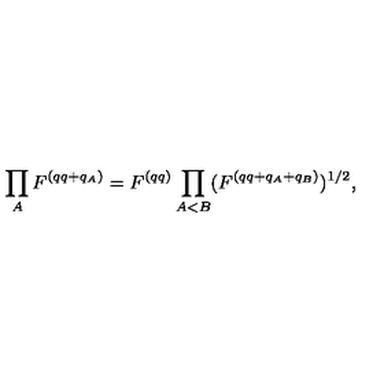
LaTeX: \prod _ { A } F ^ { ( q q + q _ { A } ) } = F ^ { ( q q ) } \prod _ { A < B } ( F ^ { ( q q + q _ { A } + q _ { B } ) } ) ^ { 1 / 2 } ,